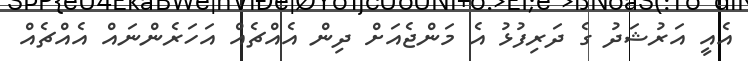
އެއީ އަރުޝަދު ގެ ދަރިފުޅު އެ މަންޖެއަށް ދިން އެއްޗެއް އަހަރެންނައް އެއްޗެއް